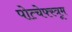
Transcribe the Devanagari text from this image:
पोत्चेफ्स्त्रूम